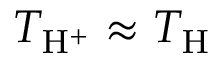
T _ { \mathrm { H } ^ { + } } \approx T _ { \mathrm { H } }